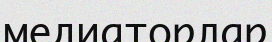
медиаторлар